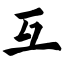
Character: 互